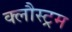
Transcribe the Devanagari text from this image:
क्लौस्ट्रम